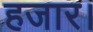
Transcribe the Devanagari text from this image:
हजार।